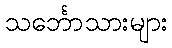
သင်္ဘောသားများ